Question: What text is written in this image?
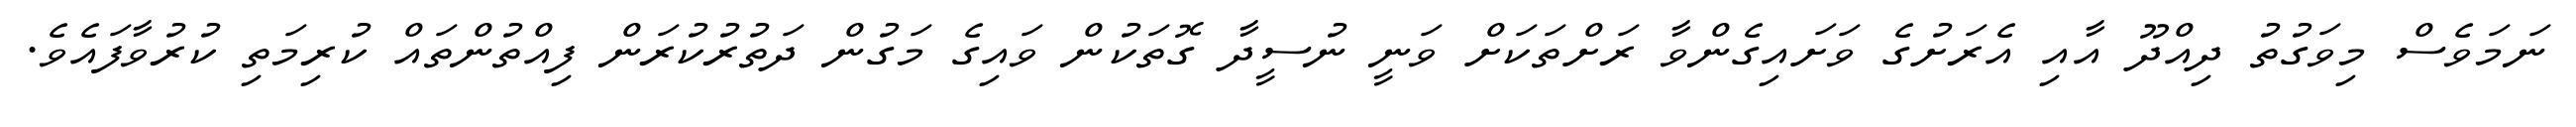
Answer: ނަމަވެސް މިވަގުތު ދިއްދޫ އާއި އެރަށުގެ ވަށައިގެންވާ ރަށްތަކަށް ވަނީ ނުސީދާ ގޮތަކުން ވައިގެ މަގުން ދަތުރުކުރަން ފިއްތުންތައް ކުރިމަތި ކުރުވާފައެވެ.